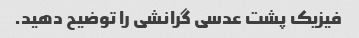
فیزیک پشت عدسی گرانشی را توضیح دهید.